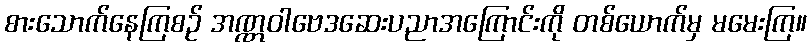
စားသောက်နေကြစဉ် အဏ္ဏဝါဗေဒဆေးပညာအကြောင်းကို တစ်ယောက်မှ မမေးကြ။